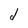
Character: d